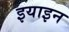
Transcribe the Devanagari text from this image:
इयाइन